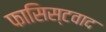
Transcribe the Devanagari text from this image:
फासिस्टवाद